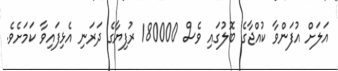
އަލަށް އުފަންވާ ކުއްޖާގެ ބޮލުގައި ވެސް 180000 ރުފިޔާގެ ދަރަނި އެޅިފައިވާ ކަމަށެވެ.